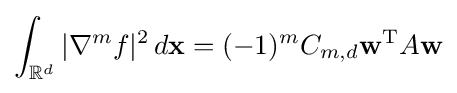
\int _{\mathbb {R} ^{d}}|\nabla ^{m}f|^{2}\,d\mathbf {x} =(-1)^{m}C_{m,d}\mathbf {w} ^{\textrm {T}}A\mathbf {w}